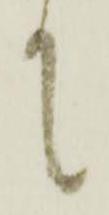
て